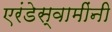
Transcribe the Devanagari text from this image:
एरंडेस्वामींनी